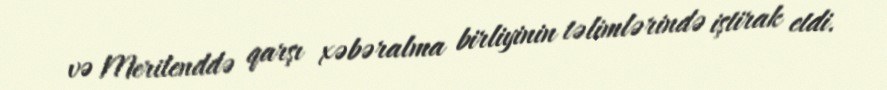
və Merilenddə qarşı xəbəralma birliyinin təlimlərində iştirak etdi.